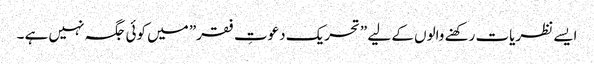
ایسے نظریات رکھنے والوں کے لیے ”تحریک دعوتِ فقر” میں کوئی جگہ نہیں ہے ۔